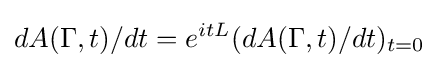
dA(\Gamma ,t)/dt=e^{itL}(dA(\Gamma ,t)/dt)_{t=0}